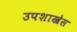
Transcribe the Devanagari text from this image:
उपशाखेस